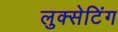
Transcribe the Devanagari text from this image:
लुक्सेटिंग